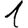
Digit: 1